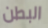
البطن